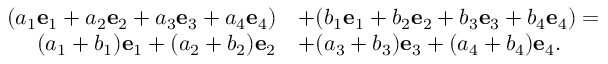
{ \begin{array} { r l } { ( a _ { 1 } { \mathbf { e } } _ { 1 } + a _ { 2 } { \mathbf { e } } _ { 2 } + a _ { 3 } { \mathbf { e } } _ { 3 } + a _ { 4 } { \mathbf { e } } _ { 4 } ) } & { + ( b _ { 1 } { \mathbf { e } } _ { 1 } + b _ { 2 } { \mathbf { e } } _ { 2 } + b _ { 3 } { \mathbf { e } } _ { 3 } + b _ { 4 } { \mathbf { e } } _ { 4 } ) = } \\ { ( a _ { 1 } + b _ { 1 } ) { \mathbf { e } } _ { 1 } + ( a _ { 2 } + b _ { 2 } ) { \mathbf { e } } _ { 2 } } & { + ( a _ { 3 } + b _ { 3 } ) { \mathbf { e } } _ { 3 } + ( a _ { 4 } + b _ { 4 } ) { \mathbf { e } } _ { 4 } . } \end{array} }